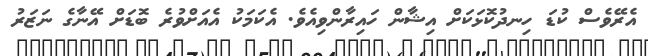
އެރޭވެސް ކުޑަ ހިނދުކޮޅަކަށް އިޝާން ހައިރާންވިއެވެ. އެކަމަކު އެއަށްވުރެ ބޮޑަށް އޭނާގެ ނަޒަރު